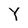
Character: Y